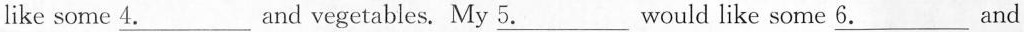
like some \underline{4.}And vegetables. My \underline{5.}Would like some \underline{6.}and